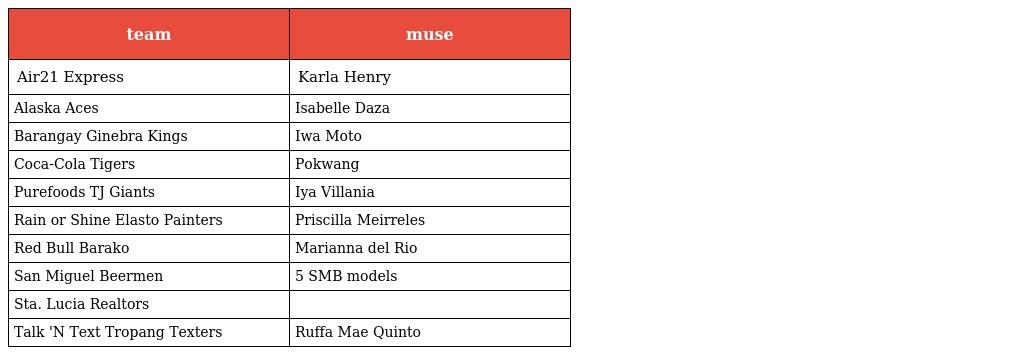
| team | muse |
 | --- | --- |
 | Air21 Express | Karla Henry |
 | Alaska Aces | Isabelle Daza |
 | Barangay Ginebra Kings | Iwa Moto |
 | Coca-Cola Tigers | Pokwang |
 | Purefoods TJ Giants | Iya Villania |
 | Rain or Shine Elasto Painters | Priscilla Meirreles |
 | Red Bull Barako | Marianna del Rio |
 | San Miguel Beermen | 5 SMB models |
 | Sta. Lucia Realtors |  |
 | Talk 'N Text Tropang Texters | Ruffa Mae Quinto |